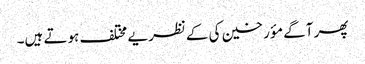
پھر آگے مؤرخین کی کےنظریے مختلف ہوتے ہیں۔